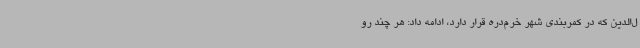
ل‌الدین که در کمربندی شهر خرم‌دره قرار دارد، ادامه داد: هر چند رو